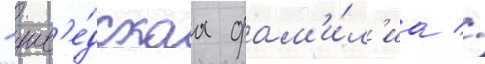
- шв'е́дскаа фам'и́л'иа //